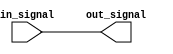
module IO_NonInverting_Buffer (
    input wire in_signal,
    output wire out_signal
);

assign out_signal = in_signal;

endmodule